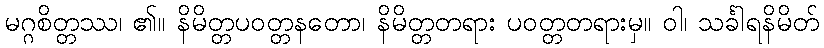
မဂ္ဂစိတ္တဿ၊ ၏။ နိမိတ္တပဝတ္တနတော၊ နိမိတ္တတရား ပဝတ္တတရားမှ။ ဝါ၊ သင်္ခါရနိမိတ်